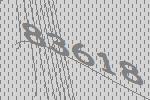
83618